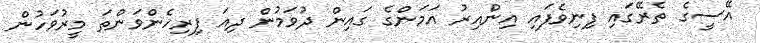
އޭސީގެ ތެރޭގައި ފިނިވެފައި އިންއިރު އަމަންގެ ގައިން ދުވަމުން ދިއަ ފިރިހެންވަންތަ މީރުވަހުން